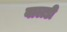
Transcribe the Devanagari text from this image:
वालडी